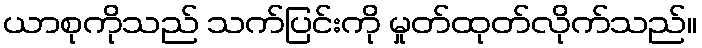
ယာစုကိုသည် သက်ပြင်းကို မှုတ်ထုတ်လိုက်သည်။